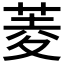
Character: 菱